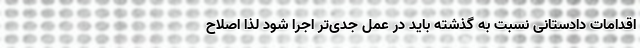
اقدامات دادستانی نسبت به گذشته باید در عمل جدی‌تر اجرا شود لذا اصلاح